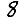
Digit: 8